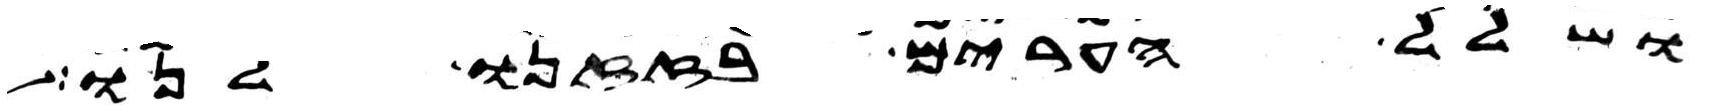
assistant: ושלל הערים בזזנו לנו